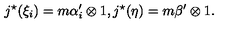
j ^ { \star } ( \xi _ { i } ) = m \alpha _ { i } ^ { \prime } \otimes 1 , j ^ { \star } ( \eta ) = m \beta ^ { \prime } \otimes 1 .